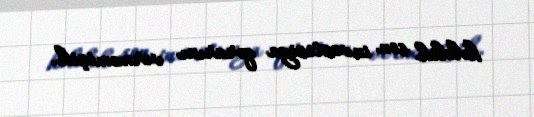
hələlik son investisiya qərarını verməmişik.